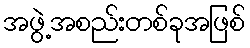
အဖွဲ့အစည်းတစ်ခုအဖြစ်